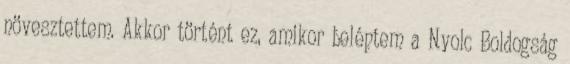
növesztettem. Akkor történt ez, amikor beléptem a Nyolc Boldogság